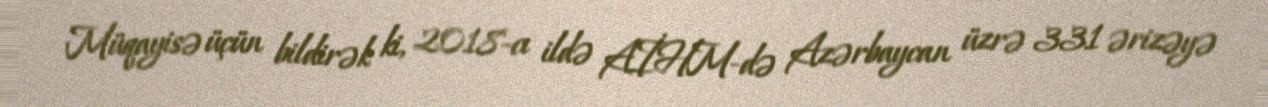
Müqayisə üçün bildirək ki, 2018-cı ildə AİHM-də Azərbaycan üzrə 331 ərizəyə